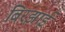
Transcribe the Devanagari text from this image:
बिरझाई